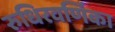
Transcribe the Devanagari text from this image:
रुधिरवर्णिका